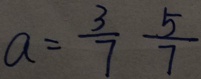
a = \frac { 3 } { 7 } \frac { 5 } { 7 }